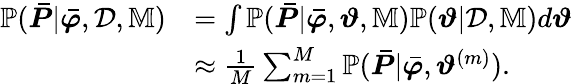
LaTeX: \begin{array}{rl}{\mathbb{P}(\boldsymbol{\bar{P}}|\boldsymbol{\bar{\varphi}},\mathcal{D},\mathbb{M})}&{=\int\mathbb{P}(\boldsymbol{\bar{P}}|\boldsymbol{\bar{\varphi}},\boldsymbol{\vartheta},\mathbb{M})\mathbb{P}(\boldsymbol{\vartheta}|\mathcal{D},\mathbb{M})d\boldsymbol{\vartheta}}\\ &{\approx\frac{1}{M}\sum_{m=1}^{M}\mathbb{P}(\boldsymbol{\bar{P}}|\boldsymbol{\bar{\varphi}},\boldsymbol{\vartheta}^{(m)}).}\end{array}